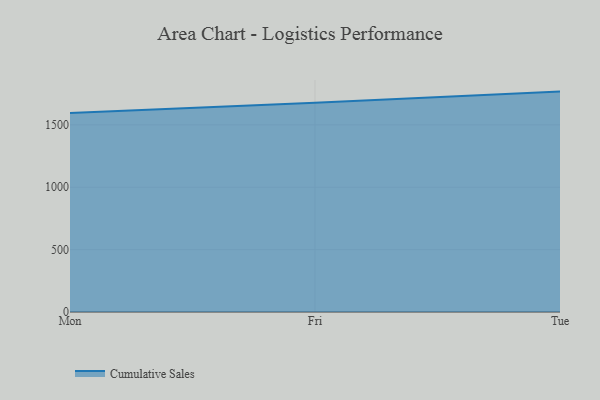
{"axis": {"x": "Day", "y": "Website Visitors"}, "legend": ["Cumulative Sales"], "data": [{"x": "Mon", "y": 1595.2, "type": "Cumulative Sales"}, {"x": "Fri", "y": 1677.4, "type": "Cumulative Sales"}, {"x": "Tue", "y": 1766.8, "type": "Cumulative Sales"}]}